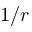
1 / r